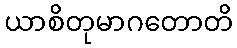
ယာစိတုမာဂတောတိ